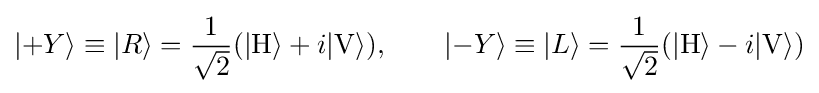
|{+Y}\rangle \equiv |R\rangle ={\frac {1}{\sqrt {2}}}(|\mathrm {H} \rangle +i|\mathrm {V} \rangle ),\qquad |{-Y}\rangle \equiv |L\rangle ={\frac {1}{\sqrt {2}}}(|\mathrm {H} \rangle -i|\mathrm {V} \rangle )